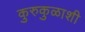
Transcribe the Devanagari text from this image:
कुरुकुळाशी